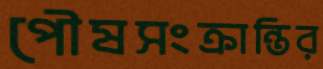
পৌষসংক্রান্তির